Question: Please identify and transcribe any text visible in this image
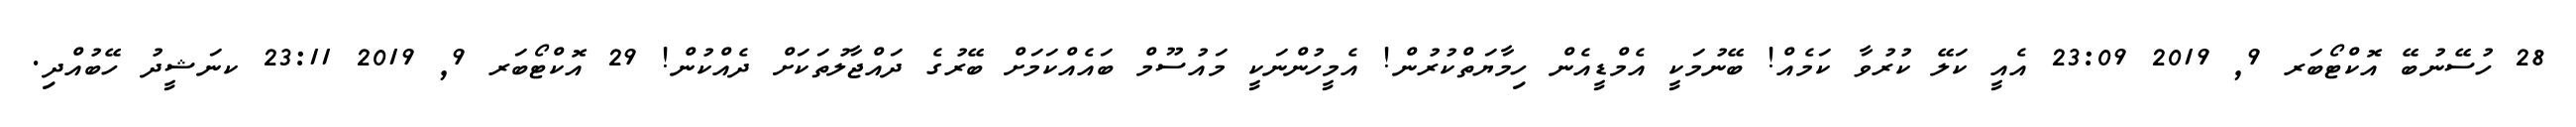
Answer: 28 ހުސޭނުބޭ އޮކްޓޯބަރ 9, 2019 23:09 އެއީ ކަލޭ ކުރުވާ ކަމެއް! ބޭނުމަކީ އެމްޑީއެން ހިމާޔަތްކުރުން! އެމީހުންނަކީ މައުސޫމް ބައެއްކަމަށް ބޭރުގެ ދައްޖާލުތަކަށް ދެއްކުން! 29 އޮކްޓޯބަރ 9, 2019 23:11 ކނަޝީދު ހޭބުއްދި.